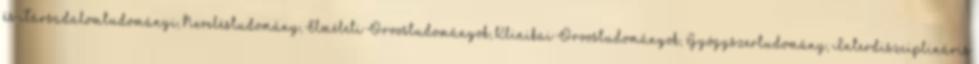
és Társadalomtudományi, Neveléstudomány, Elméleti Orvostudományok, Klinikai Orvostudományok, Gyógyszertudomány, Interdiszciplináris